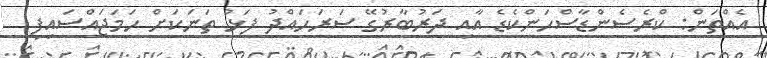
އެއްތަން: ކްރެސެންޑާސްހަންކެޑެ އާއި ދަރުބާރުގޭ ސަރަހައްދު ފަޅު ތަނަކަށް ހަމަޖައްސައިފި